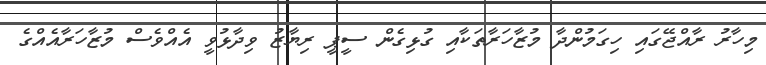
މިހާރު ރާއްޖޭގައި ހިގަމުންދާ މުޒާހަރާތަކާއި ގުޅިގެން ސީޕީ ރިޔާޒު ވިދާޅުވީ އެއްވެސް މުޒާހަރާއެއްގެ